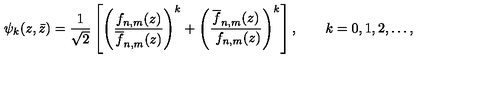
\psi _ { k } ( z , \bar { z } ) = { \frac { 1 } { \sqrt 2 } } \left[ \left( { \frac { f _ { n , m } ( z ) } { \overline { f } _ { n , m } ( z ) } } \right) ^ { k } + \left( { \frac { \overline { { f } } _ { n , m } ( z ) } { \ f _ { n , m } ( z ) } } \right) ^ { k } \right] , \qquad k = 0 , 1 , 2 , \ldots ,